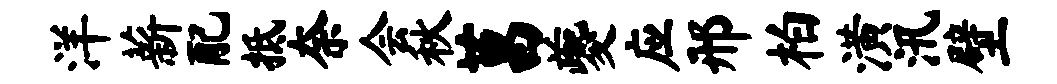
洋薪配抵奈会秋莒夔应邢柏潢汛壁